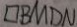
\square B M D N